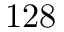
1 2 8